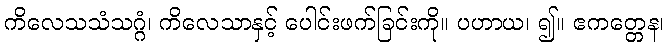
ကိလေသသံသဂ္ဂံ၊ ကိလေသာနှင့် ပေါင်းဖက်ခြင်းကို။ ပဟာယ၊ ၍။ ဧကတ္တေန၊